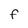
Character: F